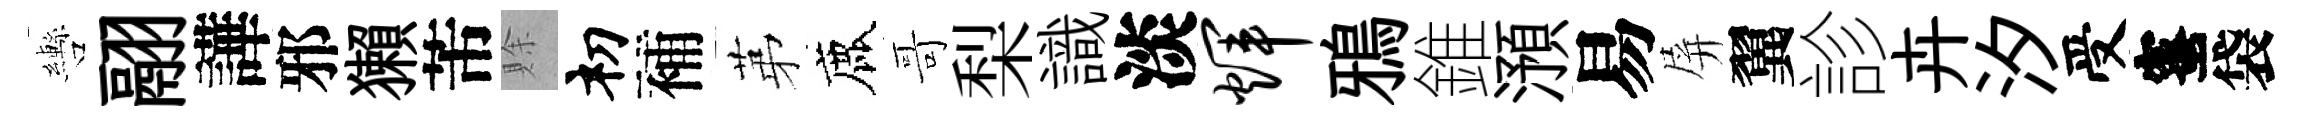
轡翮譁邪獺芾賖𥘉補苐鹿哥梨識淡辉鴉錐澦易屏翼診卉汐受蜜袋